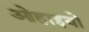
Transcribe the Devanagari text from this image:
ओहाइयो